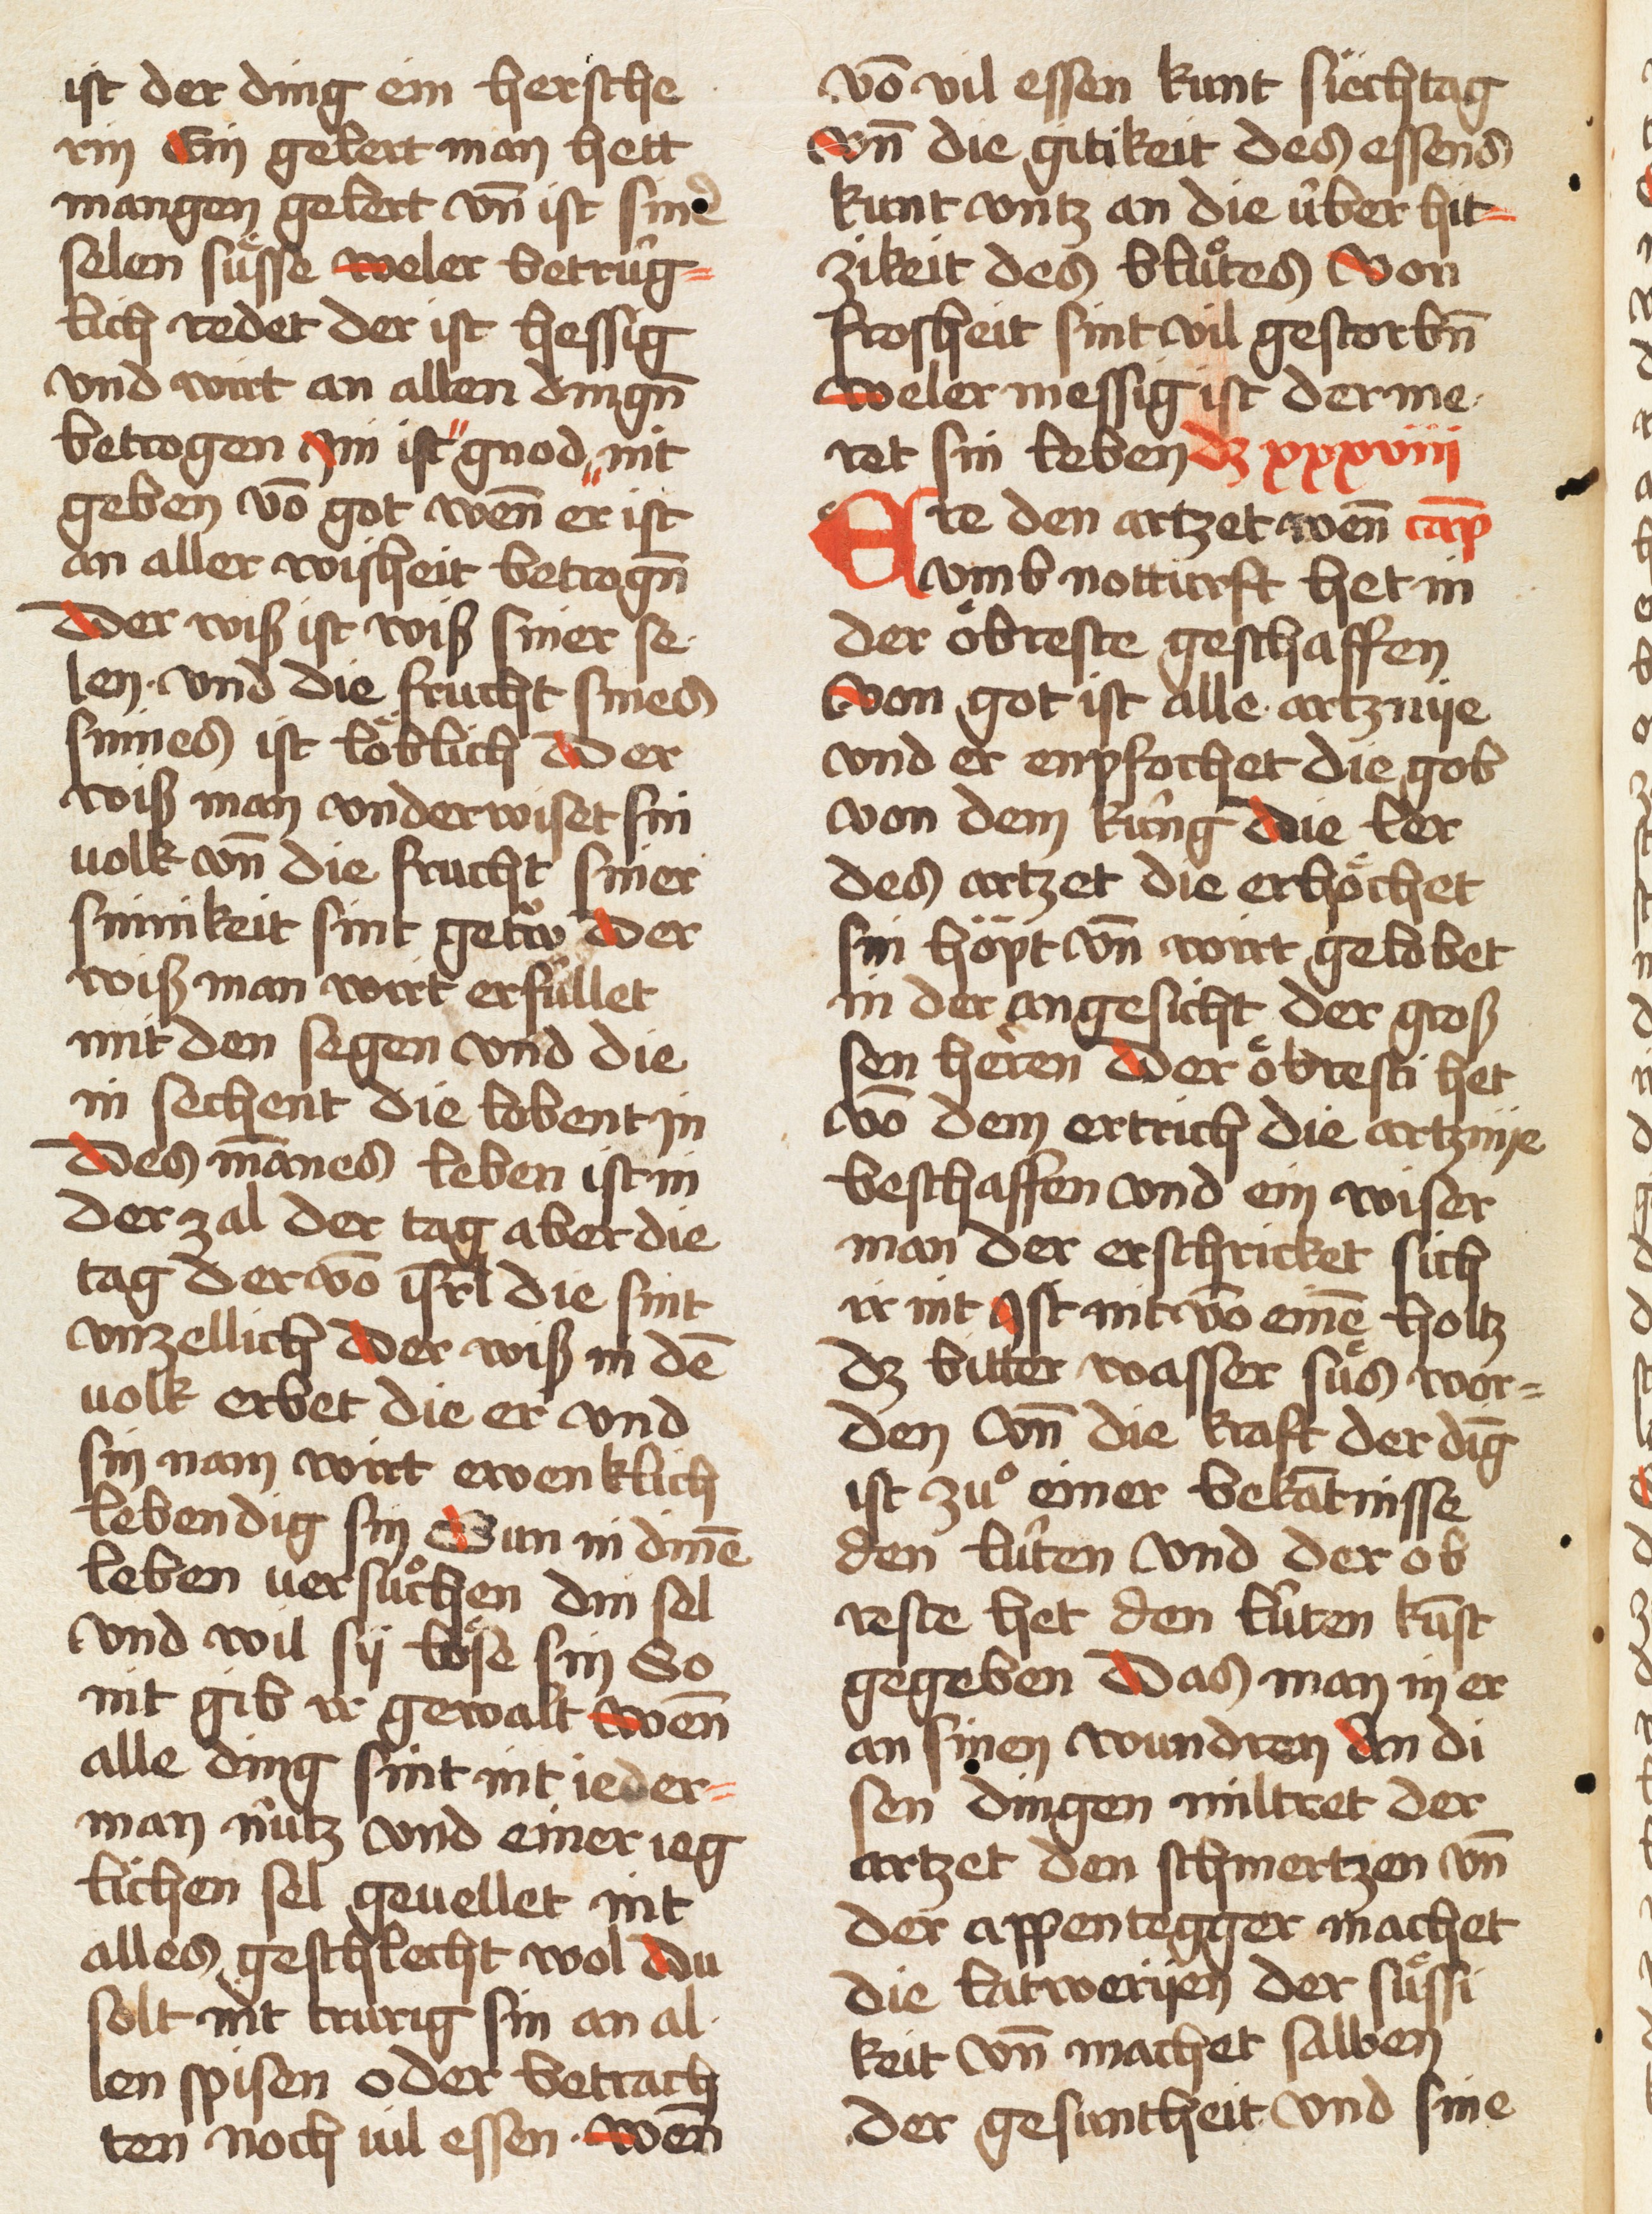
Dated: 1457–1457